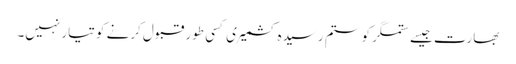
بھارت جیسے ستمگر کو ستم رسیدہ کشمیری کسی طور قبول کرنے کو تیار نہیں۔